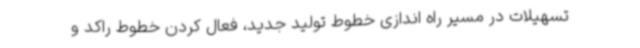
تسهیلات در مسیر راه اندازی خطوط تولید جدید، فعال کردن خطوط راکد و